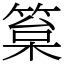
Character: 䈢